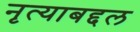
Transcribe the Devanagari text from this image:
नृत्याबद्दल